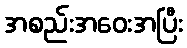
အစည်းအဝေးအပြီး